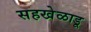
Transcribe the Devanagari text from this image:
सहखेळाडू